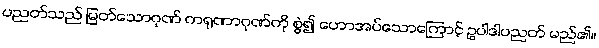
ပညတ်သည် မြတ်သောဂုဏ် ကရုဏာဂုဏ်ကို စွဲ၍ ဟောအပ်သောကြောင့် ဥပါဒါပညတ် မည်၏။